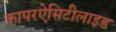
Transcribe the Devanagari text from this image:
कापरऐसिटीलाइड